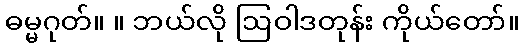
ဓမ္မဂုတ်။ ။ ဘယ်လို ဩဝါဒတုန်း ကိုယ်တော်။